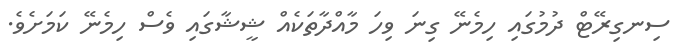
ސިނގިރޭޓް ދުމުގައި ހިމެނޭ ގިނަ ވިހަ މާއްދާތަކެއް ޝީޝާގައި ވެސް ހިމެނޭ ކަމަށެވެ.